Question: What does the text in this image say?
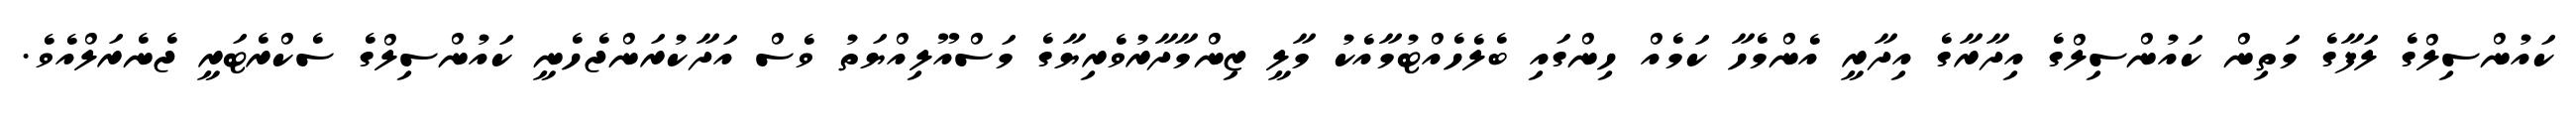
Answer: ކައުންސިލްގެ ލަފާގެ މަތިން ކައުންސިލްގެ އިދާރާގެ އިދާރީ އެންމެހާ ކަމެއް ހިންގައި ބެލެހެއްޓުމާއެކު މާލީ ޒިންމާދާރުވެރިޔާގެ މަސްއޫލިއްޔަތު ވެސް އަދާކުރަންޖެހެނީ ކައުންސިލްގެ ސެކްރެޓަރީ ޖެނެރަލްއެވެ.